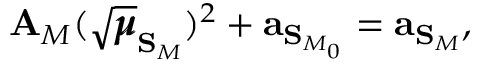
\mathbf { A } _ { M } ( \sqrt { \pmb { \mu } } _ { \mathbf { S } _ { M } } ) ^ { 2 } + \mathbf { a } _ { \mathbf { S } _ { M _ { 0 } } } = \mathbf { a } _ { \mathbf { S } _ { M } } ,